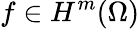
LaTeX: f\in H^{m}(\Omega)